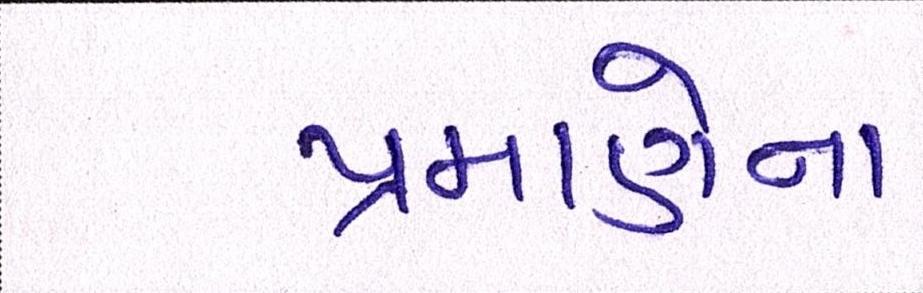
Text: પ્રમાણેના